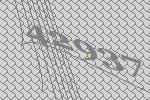
42937